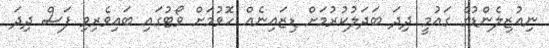
ނިއުޒިލެންޑުގެ ގައުމީ ދިދަ ބަދަލުކުރުމަށް ޑިޒައިނެއް ހޮވުމަށް ވޯޓުގައި ބައިވެރިވި ފަސް ދިދަ